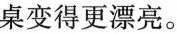
桌变得更漂亮。